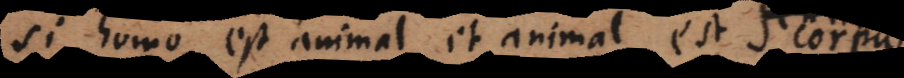
Si homo est animal, et animal est sentie